Civil Veterinary Department. Madras. Admin. report 1926-33 - 1926-1933
Year: 1926
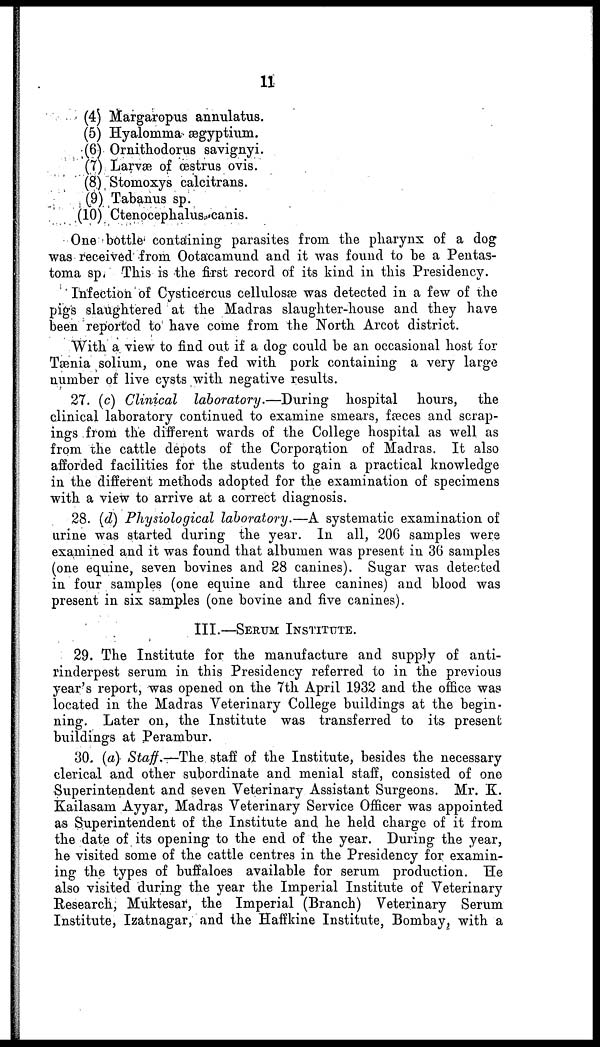
11
(4) Margaropus annulatus.
(5) Hyalomma ægyptium.
(6) Ornithodorus savignyi.
(7) Larvae of oestrus ovis.
(8) Stomoxys calcitrans.
(9) Tabanus sp.
(10) Ctenocephalus canis.
One bottle containing parasites from the pharynx of a dog
was received from Ootacamund and it was found to be a Pentas-
toma sp, This is the first record of its kind in this Presidency.
Infection of Cysticercus cellulosæ was detected in a few of the
pigs slaughtered at the Madras slaughter-house and they have
been reported to have come from the North Arcot district.
With a view to find out if a dog could be an occasional host for
Tænia solium, one was fed with pork containing a very large
number of live cysts with negative results.
27. (c) Clinical laboratory.—During hospital hours, the
clinical laboratory continued to examine smears, fæces and scrap-
ings from the different wards of the College hospital as well as
from the cattle depots of the Corporation of Madras. It also
afforded facilities for the students to gain a practical knowledge
in the different methods adopted for the examination of specimens
with a view to arrive at a correct diagnosis.
28. (d) Physiological laboratory.—A systematic examination of
urine was started during the year. In all, 206 samples were
examined and it was found that albumen was present in 36 samples
(one equine, seven bovines and 28 canines). Sugar was detected
in four samples (one equine and three canines) and blood was
present in six samples (one bovine and five canines).
III.—SERUM INSTITUTE.
29. The Institute for the manufacture and supply of anti-
rinderpest serum in this Presidency referred to in the previous
year's report, was opened on the 7th April 1932 and the office was
located in the Madras Veterinary College buildings at the begin-
ning. Later on, the Institute was transferred to its present
buildings at Perambur.
30. (a) Staff.—The staff of the Institute, besides the necessary
clerical and other subordinate and menial staff, consisted of one
Superintendent and seven Veterinary Assistant Surgeons. Mr. K.
Kailasam Ayyar, Madras Veterinary Service Officer was appointed
as Superintendent of the Institute and he held charge of it from
the date of its opening to the end of the year. During the year,
he visited some of the cattle centres in the Presidency for examin-
ing the types of buffaloes available for serum production. He
also visited during the year the Imperial Institute of Veterinary
Research, Muktesar, the Imperial (Branch) Veterinary Serum
Institute, Izatnagar, and the Haffkine Institute, Bombay, with a